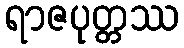
ရာဇပုတ္တဿ